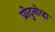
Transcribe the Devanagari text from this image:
प्रोदुनोव्हा